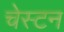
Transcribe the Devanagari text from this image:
चेस्टन